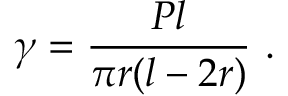
\gamma = { \frac { P l } { \pi r ( l - 2 r ) } } ~ .